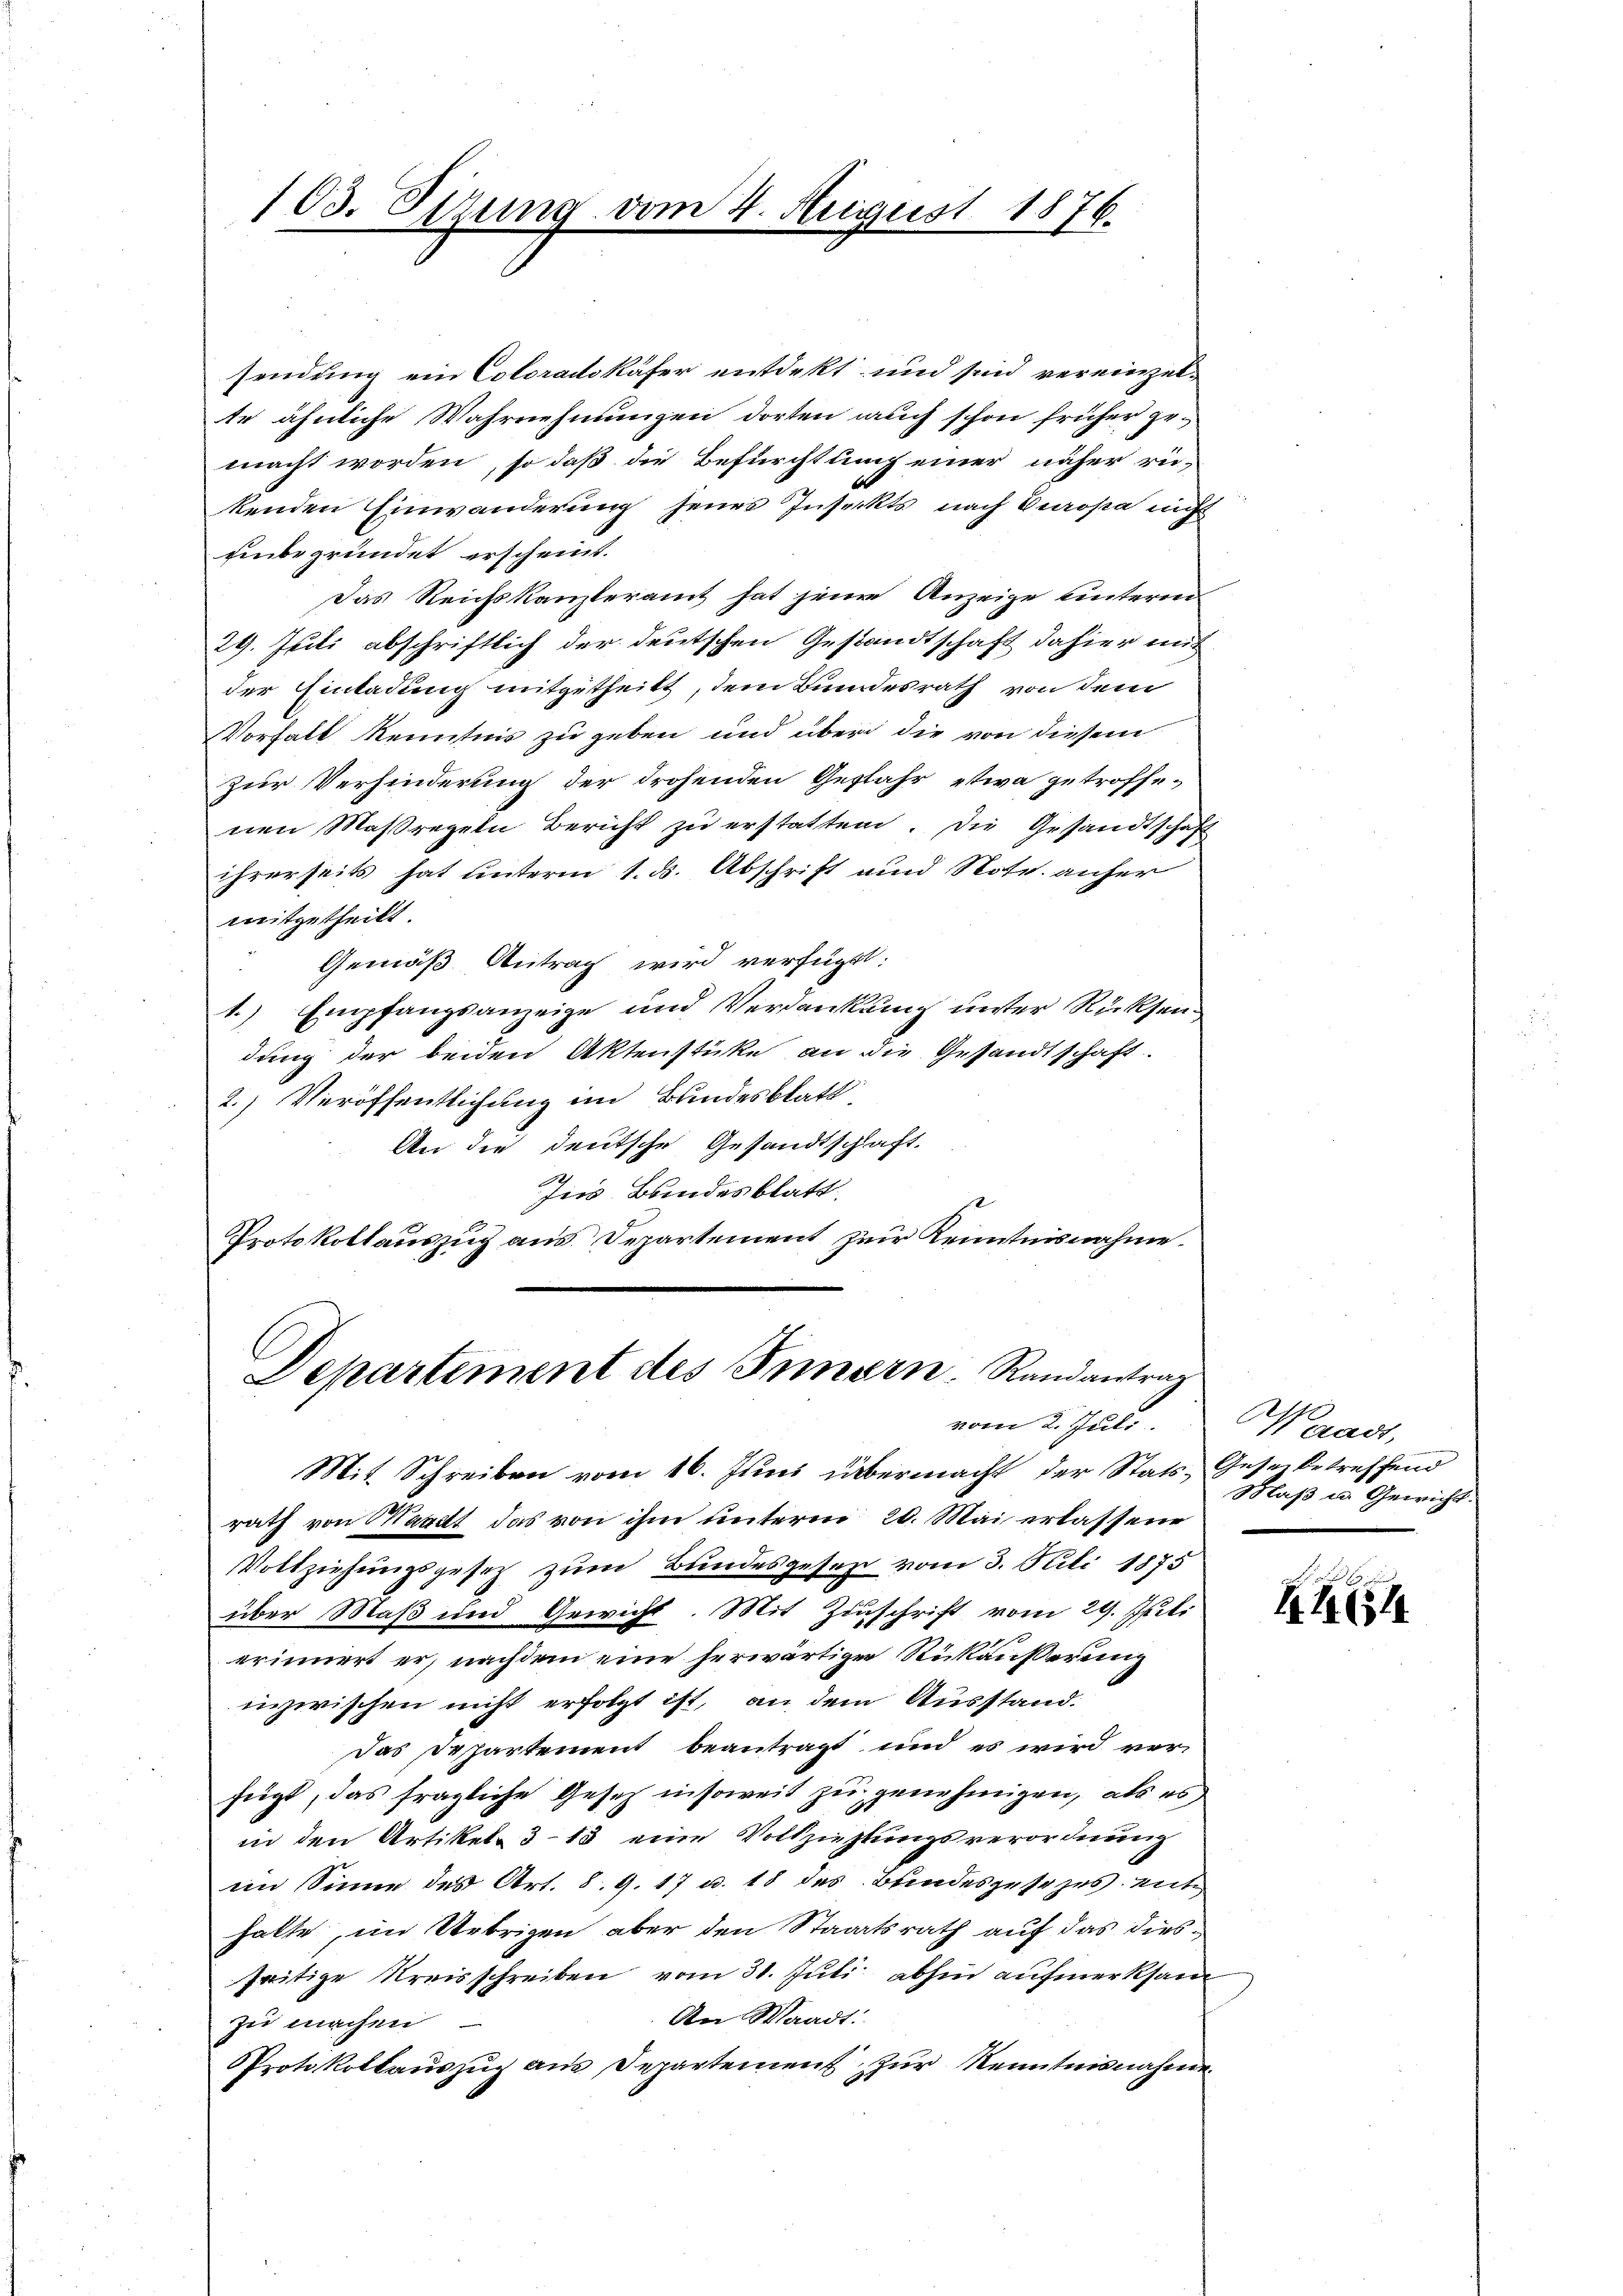
103. Sizung vom 4. August 1876.

sendung ein Coloradokäfer entdekt und sind vereinzel-
tr ähnliche Wahrnehmungen dorten auch schon früher gemacht worden, so daß die Befürchtung einer näher rukenden Einwanderung jenes Insekts nach Europa auch
einbegründet erscheint.
Das Reichskanzleramt hat jene Anzeige unterm
29. Juli abschriftlich der deutschen Gestandtschaft dahier mit
der Einladung mitgetheilt, dem Bundesrath von dem
Vorfall kenntnis zu geben und über die von diesem
zur Verhinderung der drohenden Gefahr, etwa getroffenen Maßregeln Bericht zu erstatten. Die Gesandtschaf
ihrerseits hat unterm 1. d. Abschrift und Note anher
mitgetheilt
Gemäß Antrag wird verfügt:
1.) Empfangsanzeige und Verdankung unter Rücksen
dung der beiden Aktenstüke an die Gesandtschaft.
2.) Veröffentlichung im Bundesblatt
An die deutsche Gesandtschaft.
Ins Bandesblatt.
Protokollauszug aus. Departement zur Kenntnisnahme

Departement des Innern. Randantrag
vom 2. Juli

Mit Schreiben vom 16. Juni übermacht der Stats, Gesetz betreffend
rath von Waadt das von ihm unterm 20. Mai erlassene
Vollziehungsgesetz zum Bundesgesen vom 3. Juli 1875
über Maß und Gewicht. Mit Zuschrift vom 29. Isili
erinnert er, nachdem eine herwärtiger Rückäusserung
inzwischen nicht erfolgt ist, an dem Ausstand.
Das Departement beantragt und es wird vorfügt, das fragliche Gesetz insoweit zu genehmigen, als es
in den Artikel 315 eine Vollziehtungsverordnung
im Sinne des Art. 8. 9. 17 u. 18 des Bundesgesezes ent
halte, im Uebrigen aber den Staatsrath auf das diesseitige Kreisschreiben vom 31. Juli abhin aufmerksam
An Waadt:
zu machen
PProtokollauszug aus Departement zur Kenntnisnahme

Waadt,
Maß u. Gewicht.

I. 16514